Report on vaccination in Madras 1877-1894 - 1877-1894
Year: 1877
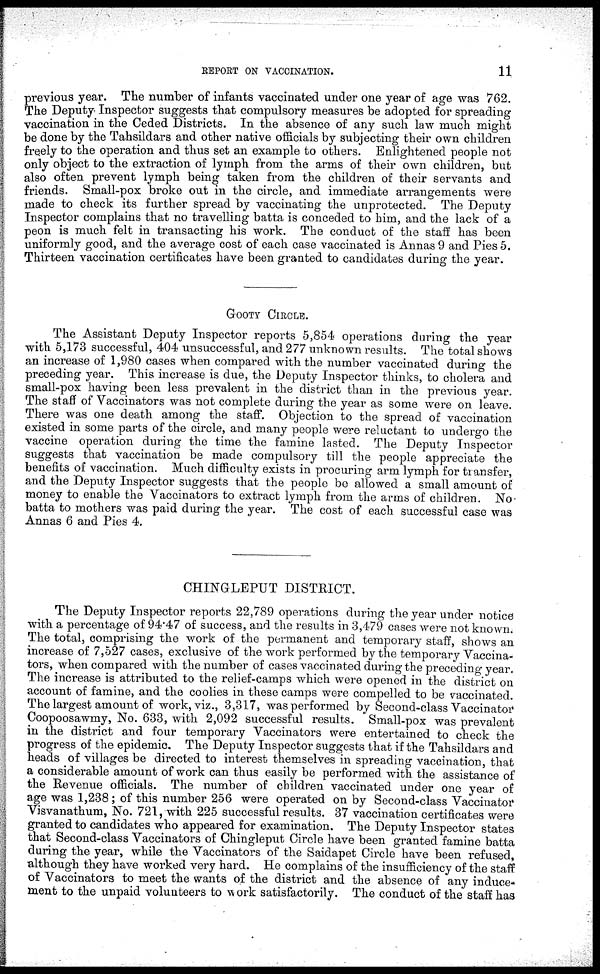
REPORT ON VACCINATION.
11
previous year. The number of infants vaccinated under one year of age was 762.
The Deputy Inspector suggests that compulsory measures be adopted for spreading
vaccination in the Ceded Districts. In the absence of any such law much might
be done by the Tahsildars and other native officials by subjecting their own children
freely to the operation and thus set an example to others. Enlightened people not
only object to the extraction of lymph from the arms of their own children, but
also often prevent lymph being taken from the children of their servants and
friends. Small-pox broke out in the circle, and immediate arrangements were
made to check its further spread by vaccinating the unprotected. The Deputy
Inspector complains that no travelling batta is conceded to him, and the lack of a
peon is much felt in transacting his work. The conduct of the staff has been
uniformly good, and the average cost of each case vaccinated is Annas 9 and Pies 5.
Thirteen vaccination certificates have been granted to candidates during the year.
GOOTY CIRCLE.
The Assistant Deputy Inspector reports 5,854 operations during the year
with 5,173 successful, 404 unsuccessful, and 277 unknown results. The total shows
an increase of 1,980 cases when compared with the number vaccinated during the
preceding year. This increase is due, the Deputy Inspector thinks, to cholera and
small-pox having been less prevalent in the district than in the previous year.
The staff of Vaccinators was not complete during the year as some were on leave.
There was one death among the staff. Objection to the spread of vaccination
existed in some parts of the circle, and many people were reluctant to undergo the
vaccine operation during the time the famine lasted. The Deputy Inspector
suggests that vaccination be made compulsory till the people appreciate the
benefits of vaccination. Much difficulty exists in procuring arm lymph for transfer,
and the Deputy Inspector suggests that the people be allowed a small amount of
money to enable the Vaccinators to extract lymph from the arms of children. No.
batta to mothers was paid during the year. The cost of each successful case was
Annas 6 and Pies 4.
CHINGLEPUT DISTRICT.
The Deputy Inspector reports 22,789 operations during the year under notice
with a percentage of 94.47 of success, and the results in 3,479 cases were not known.
The total, comprising the work of the permanent and temporary staff, shows an
increase of 7,527 cases, exclusive of the work performed by the temporary Vaccina-
tors, when compared with the number of cases vaccinated during the preceding year.
The increase is attributed to the relief-camps which were opened in the district on
account of famine, and the coolies in these camps were compelled to be vaccinated.
The largest amount of work, viz., 3,317, was performed by Second-class Vaccinator
Coopoosawmy, No. 633, with 2,092 successful results. Small-pox was prevalent
in the district and four temporary Vaccinators were entertained to check the
progress of the epidemic. The Deputy Inspector suggests that if the Tahsildars and
heads of villages be directed to interest themselves in spreading vaccination, that
a considerable amount of work can thus easily be performed with the assistance of
the Revenue officials. The number of children vaccinated under one year of
age was 1,238; of this number 256 were operated on by Second-class Vaccinator
Visvanathum, No. 721, with 225 successful results. 37 vaccination certificates were
granted to candidates who appeared for examination. The Deputy Inspector states
that Second-class Vaccinators of Chingleput Circle have been granted famine batta
during the year, while the Vaccinators of the Saidapet Circle have been refused,
although they have worked very hard. He complains of the insufficiency of the staff
of Vaccinators to meet the wants of the district and the absence of any induce-
ment to the unpaid volunteers to work satisfactorily. The conduct of the staff has